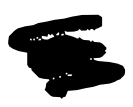
Text: a
Cross-out: scratch
Writing tool: digital_black